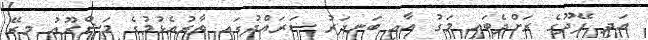
އަދި ފޭދޫގެ ރަށްދެބައި މަގު އާއި ބަނދަރު ސަރައްދުގައި ތާރުއެޅުމުގެ މަޝްރޫއު މިރޭ